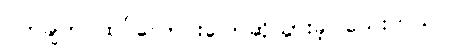
ဝက်ချ်က ထပ်လောင်းပြောဆိုသွားခဲ့ပါသေးတယ်။